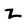
Character: Z